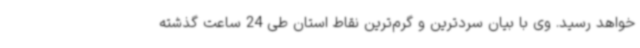
خواهد رسید. وی با بیان سردترین و گرم‌ترین نقاط استان طی 24 ساعت گذشته